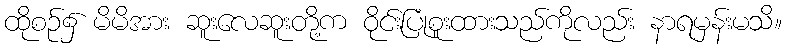
ထိုစဉ်၌ မိမိအား ဆူးလေဆူးတို့က ဝိုင်းပြုံစူးထားသည်ကိုလည်း နာရမှန်းမသိ။